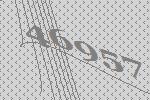
46957